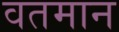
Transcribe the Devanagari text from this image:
वतमान